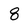
Character: 8